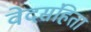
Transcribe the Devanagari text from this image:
वेदसंहिता